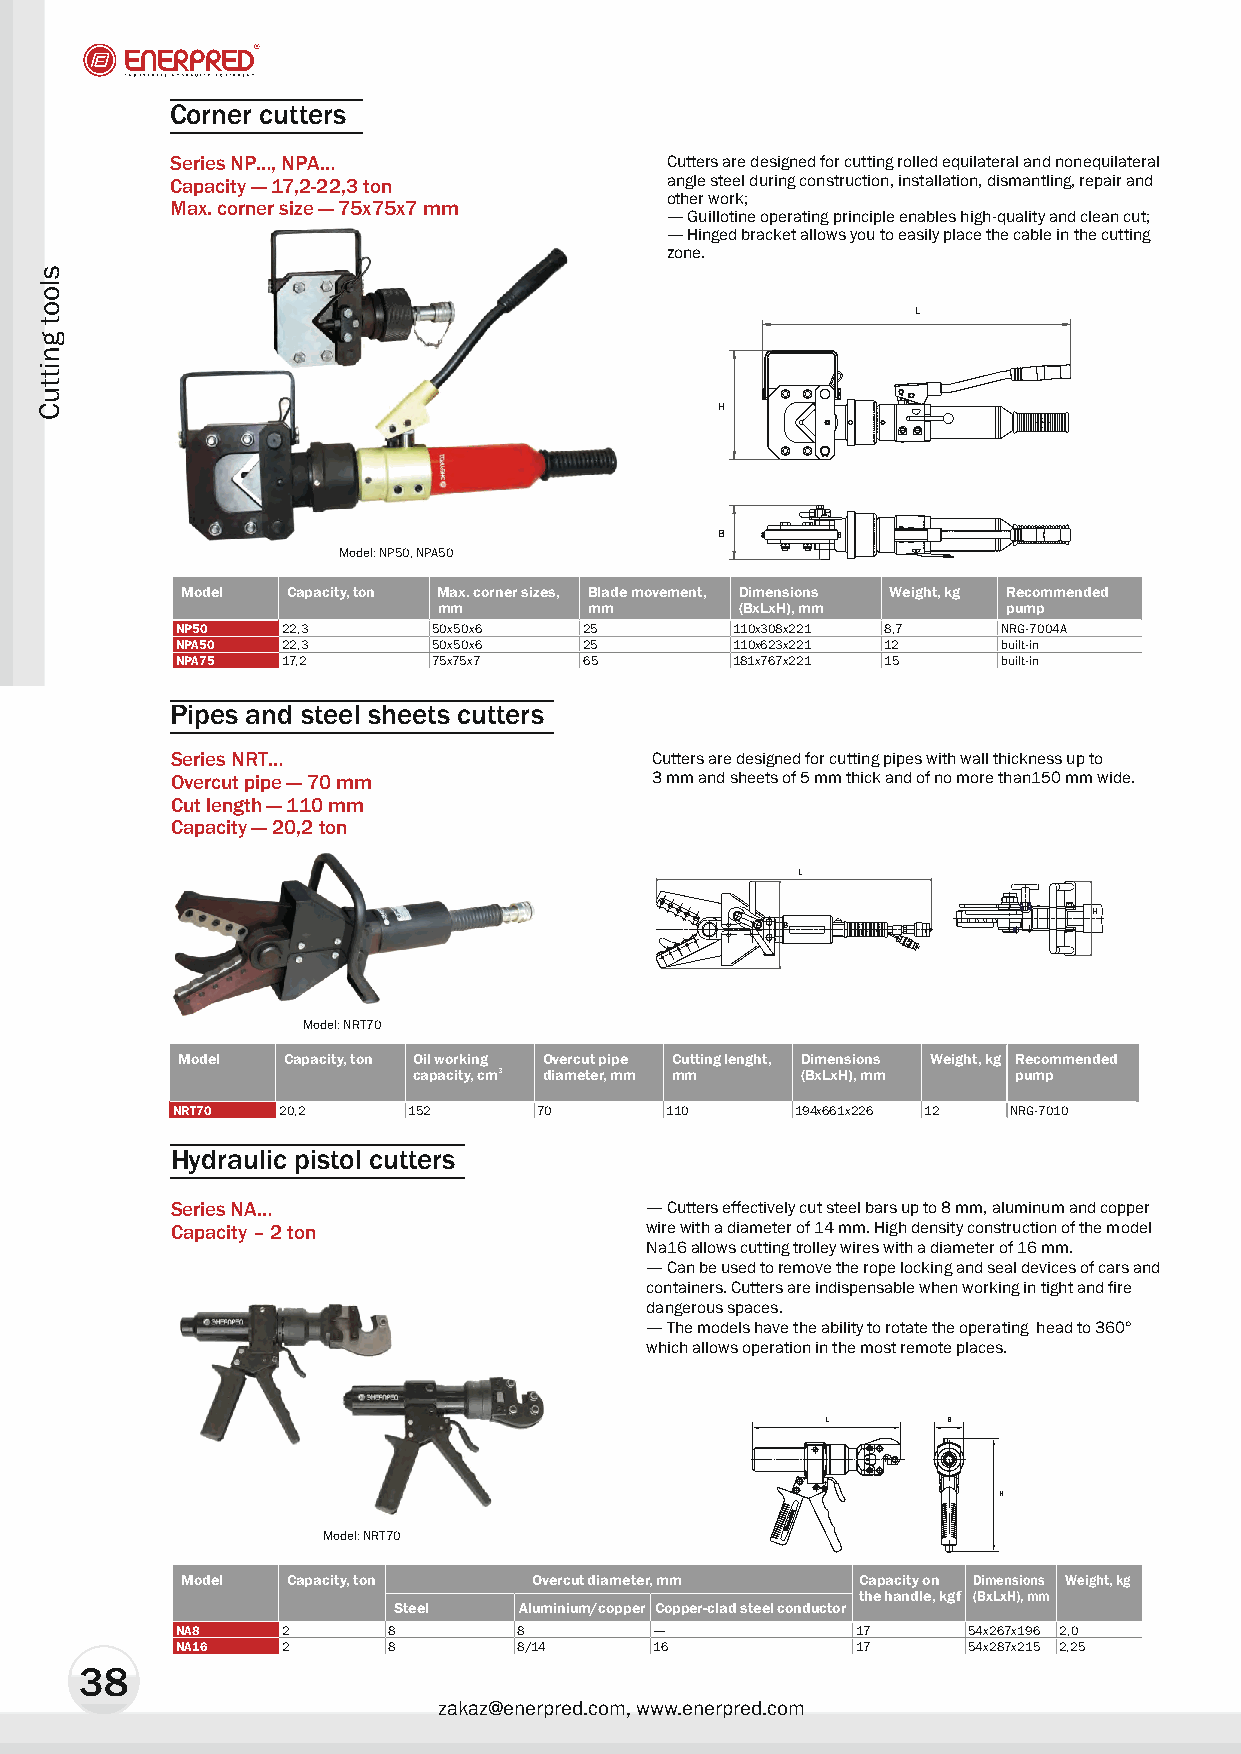
Corner cutters
 Series NP…, NPA…                 Cutters are designed for cutting rolled equilateral and nonequilateral
 Capacity — 17,2-22,3 ton         angle steel during construction, installation, dismantling, repair and
 other work;
 Max. corner size — 75x75x7 mm
 — Guillotine operating principle enables high-quality and clean cut;
 — Hinged bracket allows you to easily place the cable in the cutting
 zone.
 L
 H
 B
 Model: NP50, NPA50
 Model  Capacity, ton Max. corner sizes, Blade movement, Dimensions Weight, kg Recommended
 mm        mm        (BxLxH), mm       pump
 NP50   22,3      50õ50õ6   25        110õ308õ221 8,7  NRG-7004A
 NPA50  22,3      50õ50õ6   25        110õ623õ221 12   built-in
 NPA75  17,2      75x75x7   65        181õ767õ221 15   built-in
 Pipes and steel sheets cutters
 Series NRT…                     Cutters are designed for cutting pipes with wall thickness up to
 Overcut pipe — 70 mm            3 mm and sheets of 5 mm thick and of no more than150 mm wide.
 Cut length — 110 mm
 Capacity — 20,2 ton
 L
 H
 B
 Model: NRT70
 Model  Capacity, ton Oil working Overcut pipe Cutting lenght, Dimensions Weight, kg Recommended
 capacity, cm3 diameter, mm mm (BxLxH), mm pump
 NRT70  20,2     152      70      110      194õ661õ226 12 NRG-7010
 Hydraulic pistol cutters
 Series NA…                      — Cutters effectively cut steel bars up to 8 mm, aluminum and copper
 Capacity – 2 ton                wire with a diameter of 14 mm. High density construction of the model
 Na16 allows cutting trolley wires with a diameter of 16 mm.
 — Can be used to remove the rope locking and seal devices of cars and
 containers. Cutters are indispensable when working in tight and fire
 dangerous spaces.
 — The models have the ability to rotate the operating head to 360°
 which allows operation in the most remote places.
 L       B
 H
 Model: NRT70
 Model  Capacity, ton   Overcut diameter, mm  Capacity on Dimensions Weight, kg
 the handle, kgf (BxLxH), mm
 Steel   Aluminium/copper Copper-clad steel conductor
 NA8    2      8       8        —             17     54õ267õ196 2,0
 NA16   2      8       8/14     16            17     54õ287õ215 2,25
 38
 zakaz@enerpred.com, www.enerpred.com
 sloot
 gnittuC